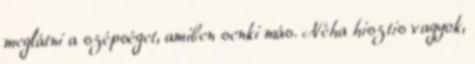
meglátni a szépséget, amiben senki más. Néha hisztis vagyok,